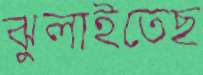
ঝুলাইতেছ